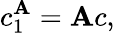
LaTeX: c_{1}^{\mathbf{A}}=\mathbf{A}c,